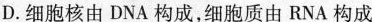
D.细胞核由DNA构成，细胞质由RNA构成